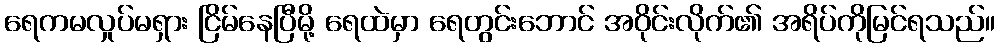
ရေကမလှုပ်မရှား ငြိမ်နေပြီမို့ ရေထဲမှာ ရေတွင်းဘောင် အဝိုင်းလိုက်၏ အရိပ်ကိုမြင်ရသည်။